Annual report on the working of the lock hospitals in the North-Western Provinces and Oudh
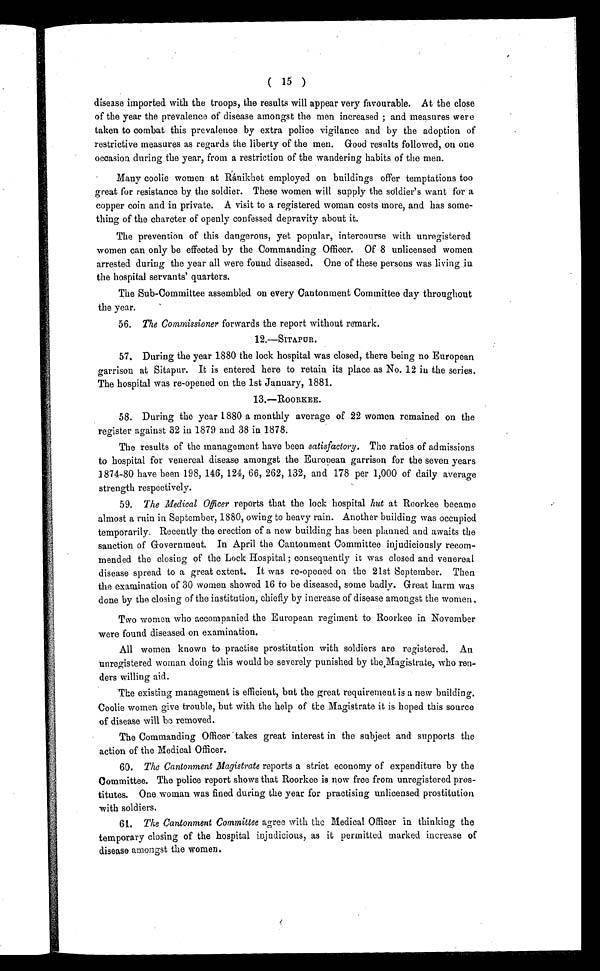
( 15 )
disease imported with the troops, the results will appear very favourable. At the close
of the year the prevalence of disease amongst the men increased ; and measures were
taken to combat this prevalence by extra police vigilance and by the adoption of
restrictive measures as regards the liberty of the men. Good results followed, on one
occasion during the year, from a restriction of the wandering habits of the men.
Many coolie women at Ránikhet employed on buildings offer temptations too
great for resistance by the soldier. These women will supply the soldier's want for a
copper coin and in private. A visit to a registered woman costs more, and has some-
thing of the charcter of openly confessed depravity about it.
The prevention of this dangerous, yet popular, intercourse with unregistered
women can only be effected by the Commanding Officer. Of 8 unlicensed women
arrested during the year all were found diseased. One of these persons was living iu
the hospital servants' quarters.
The Sub-Committee assembled on every Cantonment Committee day throughout
the year.
56. The Commissioner forwards the report without remark.
12.—SITAPUR.
57. During the year 1880 the lock hospital was closed, there being no European
garrison at Sitapur. It is entered here to retain its place as No. 12 in the series.
The hospital was re-opened on the 1st January, 1881.
13.—ROORKEE.
58. Dur i ng t he ye a r 1880 a mont hl y a ve r a ge of 22 wome n r e ma i ne d on t he
register against 32 in 1879 and 38 in 1878.
The results of the management have been satisfactory. The ratios of admissions
to hospital for venereal disease amongst the European garrison for the seven years
1874-80 have been 198, 146, 124, 66, 262, 132, and 178 per 1,000 of daily average
strength respectively.
59. The Medical Officer reports that the lock hospital hut at Rcorkee became
almost a ruin in September, 1880, owing to heavy rain. Another building was occupied
temporarily. Recently the erection of a new building has been planned and awaits the
sanction of Government. In April the Cantonment Committee injudiciously recom-
mended the closing of the Lock Hospital ; consequently it was closed and venereal
disease spread to a great extent. It was re-opened on the 21st September. Then
the examination of 30 women showed 16 to be diseased, some badly. Great harm was
done by the closing of the institution, chiefly by increase of disease amongst the women.
Two women who accompanied the European regiment to Roorkee in November
were found diseased on examination.
All women known to practise prostitution with soldiers are registered. An
unregistered woman doing this would be severely punished by the,Magistrate, who ren
ders willing aid.
The existing management is efficient, but the great requirement is a new building.
Coolie women give trouble, but with the help of the Magistrate it is hoped this source
of disease will be removed.
The Commanding Officer takes great interest in the subject and supports the
action of the Medical Officer.
60. The Cantonment Magistrate reports a strict economy of expenditure by the
Committee. The police report shows that Roorkee is now free from unregistered pros-
titutes. One woman was fined during the year for practising unlicensed prostitution
with soldiers.
61. The Cantonment Committee agree with the Medical Officer in thinking the
temporary closing of the hospital injudicious, as it permitted marked increase of
disease amongst the women.